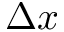
\Delta x